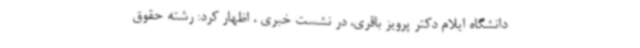
دانشگاه ایلام دکتر پرویز باقری، در نشست خبری ، اظهار کرد: رشته حقوق